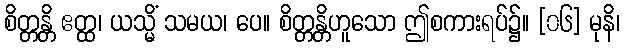
စိတ္တန္တိ ဧတ္ထ၊ ယသ္မိံ သမယ၊ ပေ။ စိတ္တန္တိဟူသော ဤစကားရပ်၌။ [၀၆] မုနိ၊